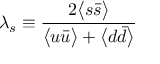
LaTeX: \lambda _ { s } \equiv { \frac { 2 \bigl < s \bar { s } \bigr > } { \bigl < u \bar { u } \bigr > + \bigl < d \bar { d } \bigr > } }